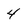
Character: 4